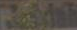
Roadal